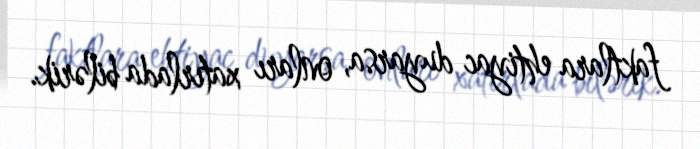
faktlara ehtiyac duyarsa, onları xatırlada bilərik.